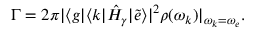
\begin{array} { r } { \Gamma = 2 \pi | \langle g | \langle k | \hat { H } _ { \gamma } | \tilde { e } \rangle | ^ { 2 } \rho ( \omega _ { k } ) | _ { \omega _ { k } = \omega _ { e } } . } \end{array}